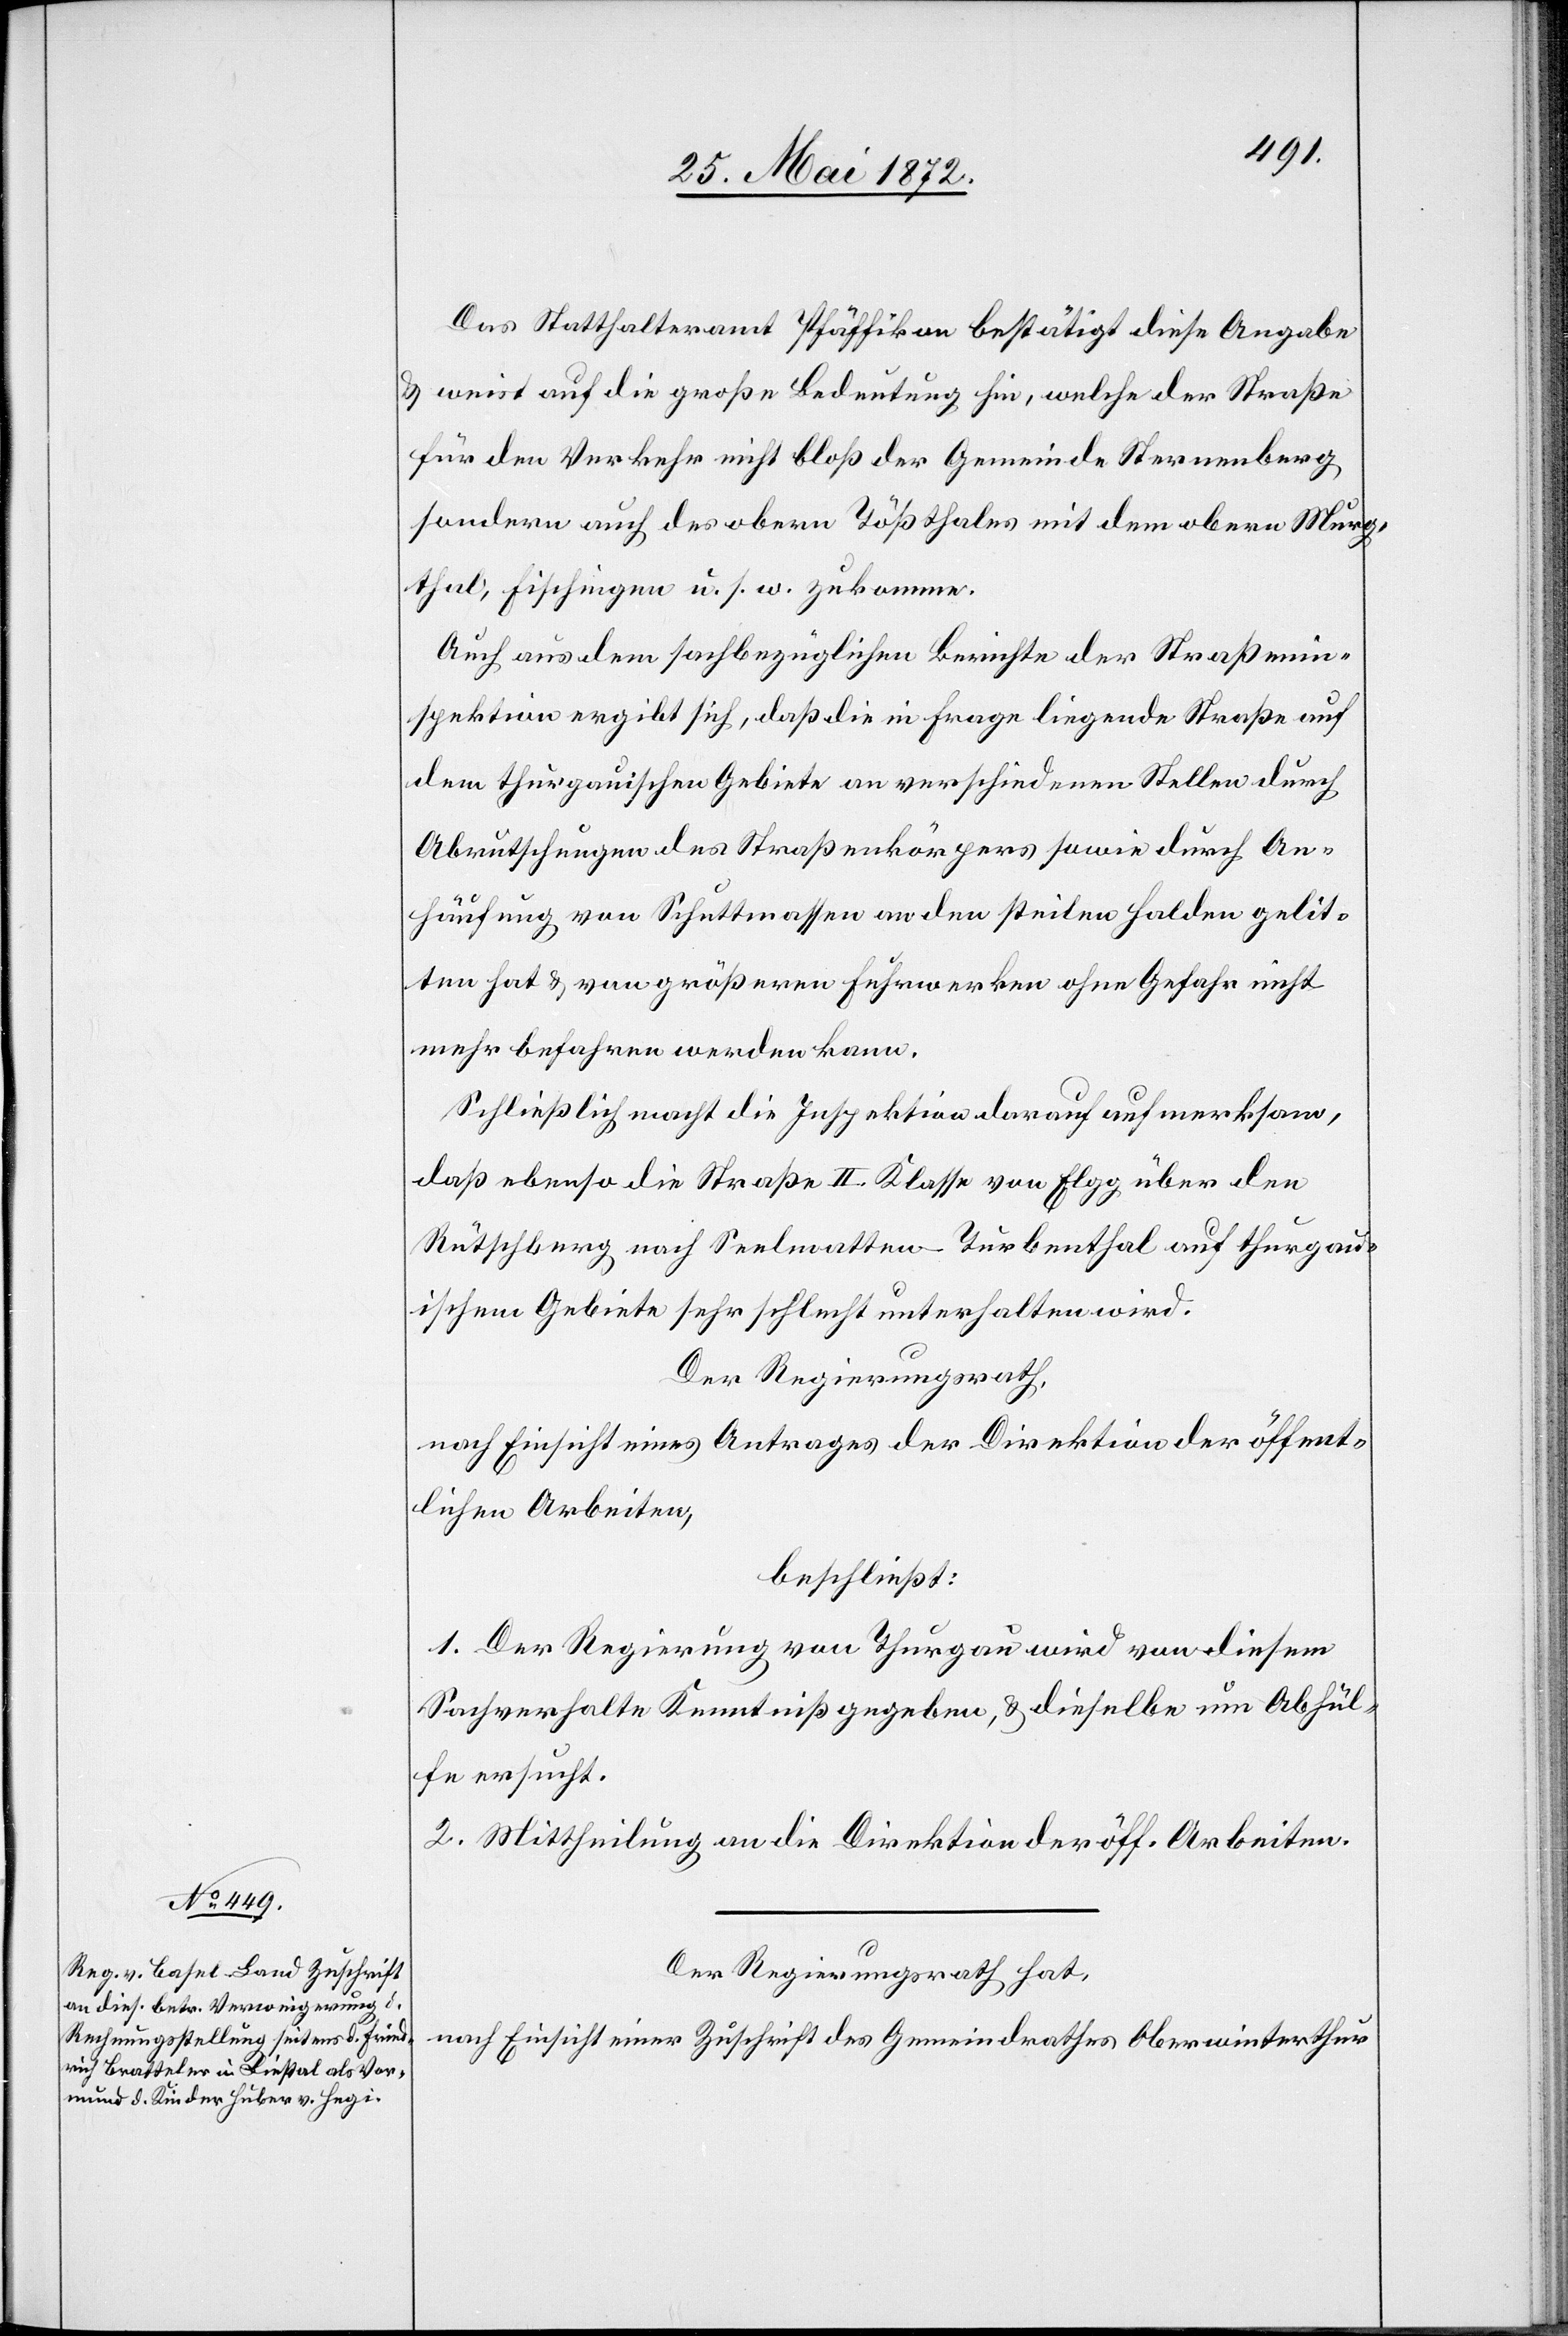
Das Statthalteramt Pfäffikon bestätigt diese Angabe
u. weist auf die große Bedeutung hin, welche der Straße
für den Verkehr nicht bloß der Gemeinde Sternenberg
sondern auch des obern Tößthales mit dem obern Murg¬
thal, Fischingen u. s. w. zukomme.
Auch aus dem sachbezüglichen Berichte der Straßenin¬
spektion ergibt sich, daß die in Frage liegende Straße auf
dem thurgauischen Gebiete an verschiedenen Stellen durch
Abrutschungen des Straßenkörpers sowie durch An¬
häufung von Schuttmassen an den steilen Halden gelit¬
ten hat u. von größeren Fuhrwerken ohne Gefahr nicht
mehr befahren werden kann.
Schließlich macht die Inspektion darauf aufmerksam,
daß ebenso die Straße II. Klasse von Elgg über den
Rütschberg nach Seelmatten-Turbenthal auf thurgau¬
ischem Gebiete sehr schlecht unterhalten wird.
Der Regierungsrath,
nach Einsicht eines Antrages der Direktion der öffent¬
lichen Arbeiten,
beschließt:
1. Der Regierung von Thurgau wird von diesem
Sachverhalte Kenntniß gegeben, u. dieselbe um Abhül¬
fe ersucht.
2. Mittheilung an die Direktion der öff. Arbeiten.
Der Regierungsrath hat,
nach Einsicht einer Zuschrift des Gemeindrathes Oberwinterthur